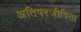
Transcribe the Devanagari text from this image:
अतिपरजीविता